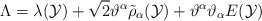
\begin{align*}\Lambda=\lambda({\cal Y})+\sqrt{2}{\vartheta}^{\alpha}\tilde{\rho}_{\alpha}({\cal Y})+{\vartheta}^{\alpha}{\vartheta}_{\alpha}E({\cal Y})\end{align*}